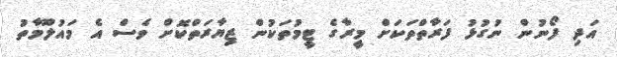
އަދި ފޯނުން ނުގުޅު ފަރާތްތަކަށް މީރާގެ ޓީމުތަކުން ޒިޔާރަތްކޮށް ވެސް އެ މައުލޫމާތު